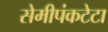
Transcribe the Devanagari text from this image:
सेमीपंकटेटा